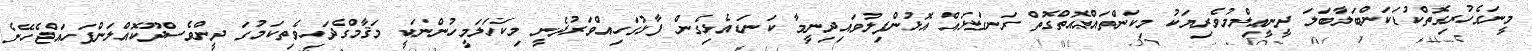
މީނަގެހުރިގޮތްކުޑަކަންބަލާބަލަ ދީނީޢިލްމުވެރިޔަކު މިކަންތައްއޮތްގޮތް ރަނގަޅައް އޮޅުންފިލުވައިދިނީމާ ކަނޑައެޅިގެން ފާޅުގަހިއްވަރުދެނީ މިކަހަލަމީހުންނަކީ މަޤާމްގެދަހިވެތިކަމުގަ ދީންވެސްދޫކޮއްލަންފަހައްޖެހޭނެ